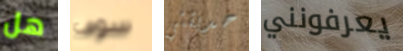
هل سوف حديقتي يعرفونني